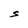
Character: S